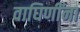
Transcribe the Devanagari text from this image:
वाघिणींना